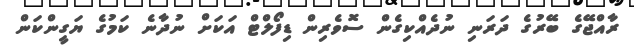
ރާއްޖޭގެ ބޭރުގެ ދަރަނި ނުދެއްކިގެން ސޮވެރިން ޑިފޯލްޓް އަކަށް ނުދާނެ ކަމުގެ ޔަގީންކަން